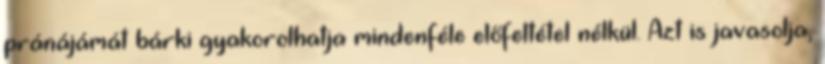
pránájámát bárki gyakorolhatja mindenféle előfeltétel nélkül. Azt is javasolja,